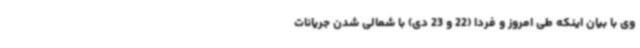
وی با بیان اینکه طی امروز و فردا (22 و 23 دی) با شمالی شدن جریانات